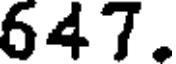
647.